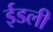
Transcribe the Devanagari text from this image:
ईडली